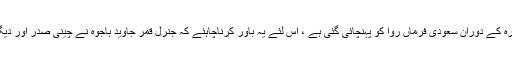
سعودی عرب کو دی جانے والی پیشکش چونکہ وزیر اعظم عمران خان کے سرکاری دورہ کے دوران سعودی فرماں روا کو پہنچائی گئی ہے ، اس لئے یہ باور کرناچاہئے کہ جنرل قمر جاوید باجوہ نے چینی صدر اور دیگر رہنماؤں کے ساتھ ہونے والی بات چیت میں اس بارے میں معلومات فراہم کی ہوں گی۔